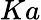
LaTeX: Ka